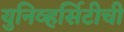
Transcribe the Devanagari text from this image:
युनिव्हर्सिटीची